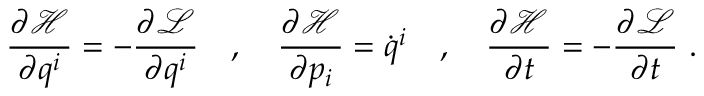
{ \frac { \partial { \mathcal { H } } } { \partial q ^ { i } } } = - { \frac { \partial { \mathcal { L } } } { \partial q ^ { i } } } \quad , \quad { \frac { \partial { \mathcal { H } } } { \partial p _ { i } } } = { \dot { q } } ^ { i } \quad , \quad { \frac { \partial { \mathcal { H } } } { \partial t } } = - { \frac { \partial { \mathcal { L } } } { \partial t } } \ .